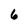
Character: 6